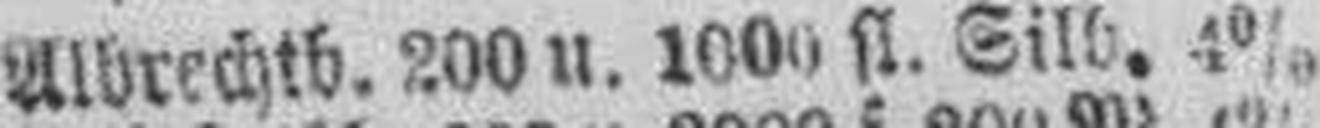
Albrechtb. 200 u. 1000 fl. Silb. 4%